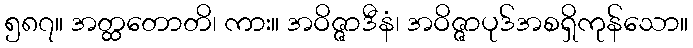
၅၈၇။ အတ္ထတောတိ၊ ကား။ အဝိဇ္ဇာဒီနံ၊ အဝိဇ္ဇာပုဒ်အစရှိကုန်သော။